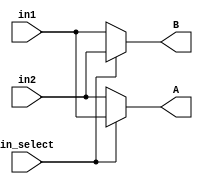
module Select_AB
          (
           in_select,
           in1,
           in2,
           A,
           B
          );


  input   in_select;
  input   in1;
  input   in2;
  output  A;
  output  B;


  wire Switch_out1;
  wire Switch1_out1;


  // <S8>/Switch
  assign Switch_out1 = (in_select == 1'b0 ? in2 :
              in1);



  assign A = Switch_out1;

  // <S8>/Switch1
  assign Switch1_out1 = (in_select == 1'b0 ? in1 :
              in2);



  assign B = Switch1_out1;

endmodule